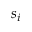
s _ { i }